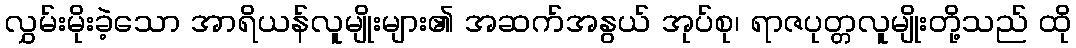
လွှမ်းမိုးခဲ့သော အာရိယန်လူမျိုးများ၏ အဆက်အနွယ် အုပ်စု၊ ရာဇပုတ္တလူမျိုးတို့သည် ထို